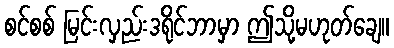
စင်စစ် မြင်းလှည်းဒရိုင်ဘာမှာ ဤသို့မဟုတ်ချေ။